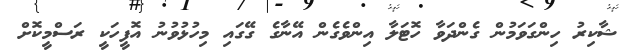
ޝާކިރު ހިންގަވަމުން ގެންދަވާ ހޮޓަލާ އިންވެގެން އޭނާގެ ގޭގައި މިހުޅުވުނު އޮފީހަކީ ރަސްމީކޮށް